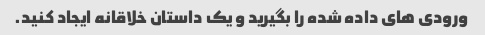
ورودی های داده شده را بگیرید و یک داستان خلاقانه ایجاد کنید.